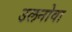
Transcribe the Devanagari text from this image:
उलनोवा